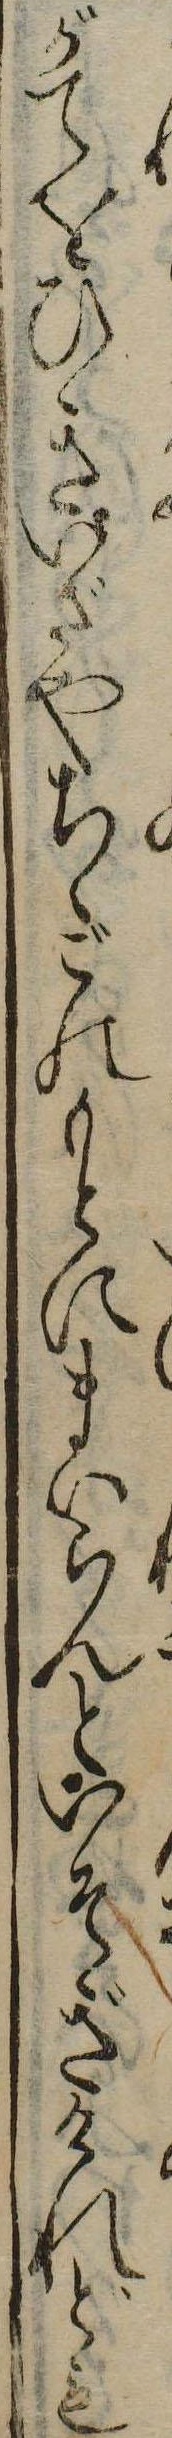
がてをひきいざやちゝごのもとにまいらんといそぎけれども